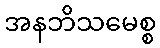
အနဘိသမေစ္စ